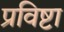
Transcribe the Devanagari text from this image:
प्रविष्टा